Code of medical and sanitary regulations for the guidance of medical officers serving in the Madras Presidency - Volume II
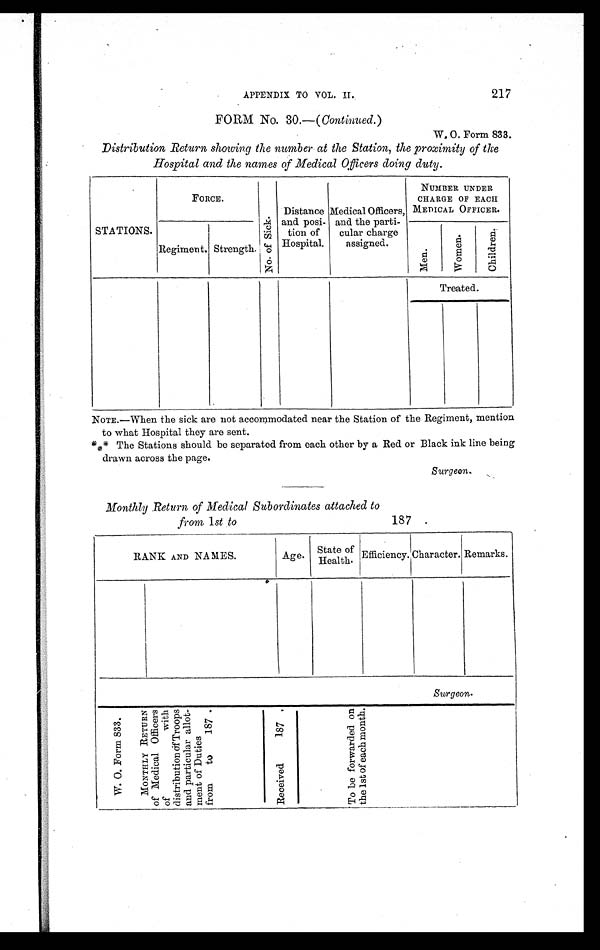
APPENDIX TO VOL. II. 217
FORM No. 30.— ( Continued. )
W. O. Form 833.
Distribution Return showing the number at the Station, the proximity of the
Hospital and the names of Medical Officers doing duty.
STATIONS.
FORCE.
N o . o f S i c k .
Distance
and posi-
tion of
Hospital.
Medical Officers,
and the parti-
cular charge
assigned.
NUMBER UNDER
CHARGE OF EACH
MEDICAL OFFICER.
Regiment. Strength.
M e n .
W o m e n .
C h i l d r e n .
Treated.
NOTE.—When the sick are not accommodated near the Station of the Regiment, mention
to what Hospital they are sent.
* * * The Stations should be separated from each other by a Red or Black ink line being
drawn across the page.
Surgeon.
Monthly Return of Medical Subordinates attached to
from 1 st to
187 .
RANK AND NAMES.
Age. State of
Health. Efficiency. Character. Remarks.
Surgeon.
W . O . F o r m 8 3 3 .
M O N T H L Y R E T U R N o f M e d i c a l O f f i c e r s o f w i t h d i s t r i b u t i o n o f T r o o p s a n d p a r t i c u l a r a l l o t - m e n t o f D u t i e s f r o m t o 1 8 7 .
R e c e i v e d 1 8 7 .
T o b e f o r w a r d e d o n t h e 1 s t o f e a c h m o n t h .